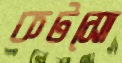
কটসো